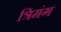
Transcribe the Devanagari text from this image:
त्रिमंग